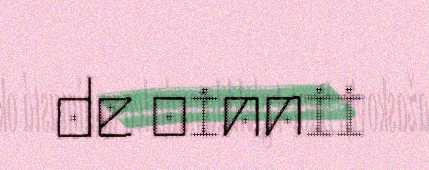
de oinnii